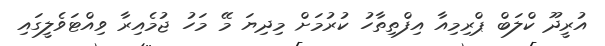
އުރީދޫ ކްލަބް ޕްރިމިއާ އިފްތިތާހު ކުރުމަށް މިދިޔަ މޭ މަހު ޖުމެއިރާ ވިއްޓަވެލީގައި